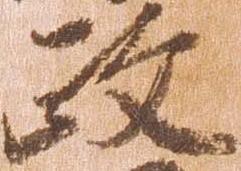
政